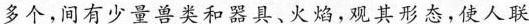
多个，间有少量兽类和器具、火焰，观其形态，使人联